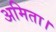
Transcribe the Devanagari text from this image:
अमिता।